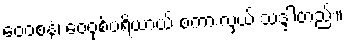
ဝေဝစနံ၊ ဝေဝုစ်ပရိယာယ် စကားလှယ် သဒ္ဒါတည်း။